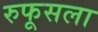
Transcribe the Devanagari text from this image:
रुफूसला